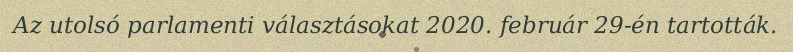
Az utolsó parlamenti választásokat 2020. február 29-én tartották.